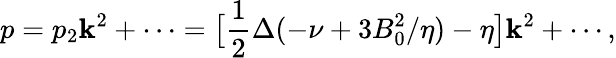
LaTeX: p=p_{2}\mathbf{k}^{2}+\cdots=\bigl[\frac{{1}}{{2}}\Delta(-\nu+3B_{0}^{2}/\eta)-\eta\bigr]\mathbf{k}^{2}+\cdots,